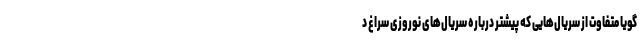
گویا متفاوت از سریال‌هایی که پیشتر درباره سریال‌های نوروزی سراغ د